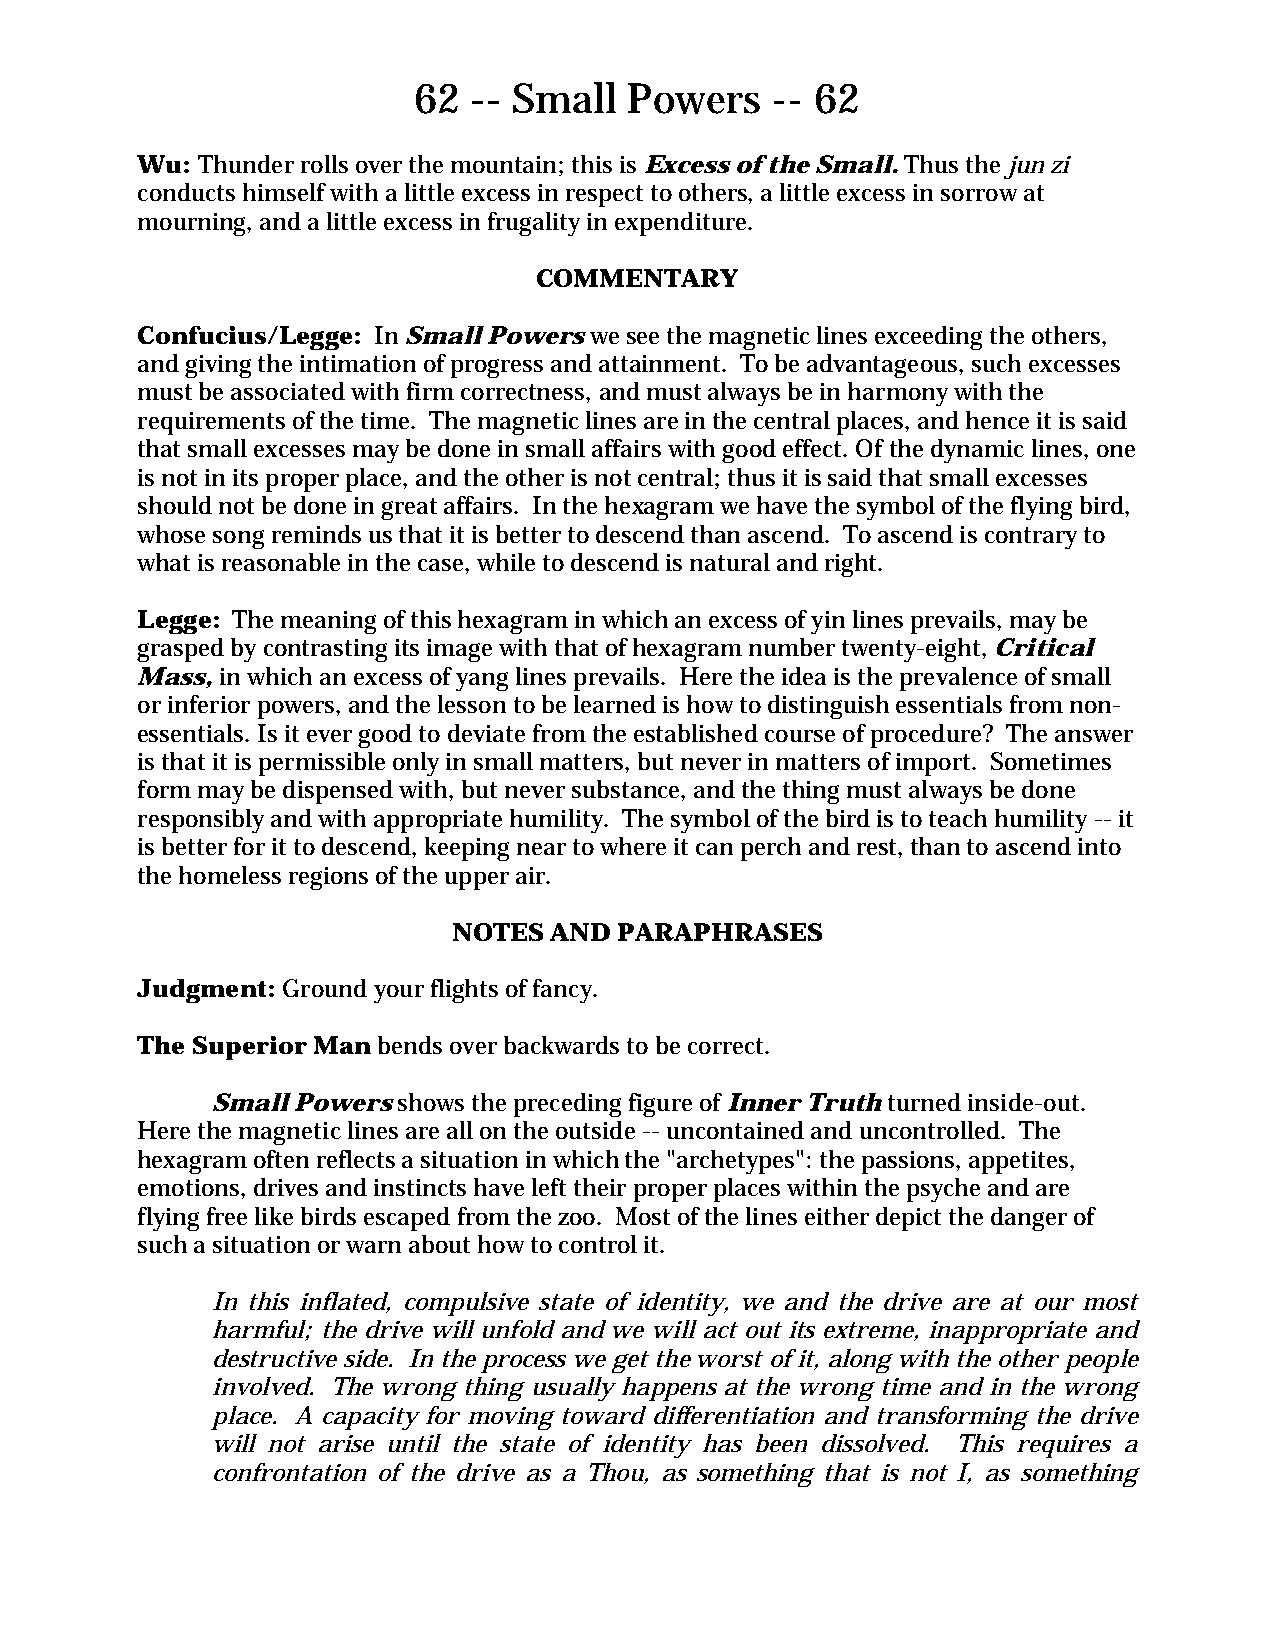
62  -- Small   Powers   -- 62
 Wu: Thunder rolls over the mountain; this is Excess of the Small. Thus the jun zi
 conducts himself with a little excess in respect to others, a little excess in sorrow at
 mourning, and a little excess in frugality in expenditure.
 COMMENTARY
 Confucius/Legge: In Small Powers we see the magnetic lines exceeding the others,
 and giving the intimation of progress and attainment. To be advantageous, such excesses
 must be associated with firm correctness, and must always be in harmony with the
 requirements of the time. The magnetic lines are in the central places, and hence it is said
 that small excesses may be done in small affairs with good effect. Of the dynamic lines, one
 is not in its proper place, and the other is not central; thus it is said that small excesses
 should not be done in great affairs. In the hexagram we have the symbol of the flying bird,
 whose song reminds us that it is better to descend than ascend. To ascend is contrary to
 what is reasonable in the case, while to descend is natural and right.
 Legge: The meaning of this hexagram in which an excess of yin lines prevails, may be
 grasped by contrasting its image with that of hexagram number twenty-eight, Critical
 Mass, in which an excess of yang lines prevails. Here the idea is the prevalence of small
 or inferior powers, and the lesson to be learned is how to distinguish essentials from non-
 essentials. Is it ever good to deviate from the established course of procedure? The answer
 is that it is permissible only in small matters, but never in matters of import. Sometimes
 form may be dispensed with, but never substance, and the thing must always be done
 responsibly and with appropriate humility. The symbol of the bird is to teach humility -- it
 is better for it to descend, keeping near to where it can perch and rest, than to ascend into
 the homeless regions of the upper air.
 NOTES AND  PARAPHRASES
 Judgment: Ground your flights of fancy.
 The Superior Man bends over backwards to be correct.
 Small Powers shows the preceding figure of Inner Truth turned inside-out.
 Here the magnetic lines are all on the outside -- uncontained and uncontrolled. The
 hexagram often reflects a situation in which the "archetypes": the passions, appetites,
 emotions, drives and instincts have left their proper places within the psyche and are
 flying free like birds escaped from the zoo. Most of the lines either depict the danger of
 such a situation or warn about how to control it.
 In this inflated, compulsive state of identity, we and the drive are at our most
 harmful; the drive will unfold and we will act out its extreme, inappropriate and
 destructive side. In the process we get the worst of it, along with the other people
 involved. The wrong thing usually happens at the wrong time and in the wrong
 place. A capacity for moving toward differentiation and transforming the drive
 will not arise until the state of identity has been dissolved. This requires a
 confrontation of the drive as a Thou, as something that is not I, as something